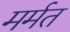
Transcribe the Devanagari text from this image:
मर्मत